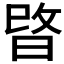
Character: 𭦖